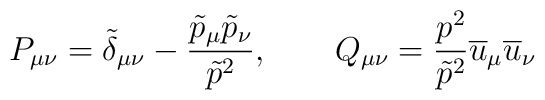
P_{\mu\nu} = \tilde{\delta}_{\mu\nu} -\frac{\tilde{p}_{\mu}\tilde{p}_{\nu}}{\tilde{p}^{2}},\qquad Q_{\mu\nu}=\frac{p^{2}}{\tilde{p}^{2}}\overline{u}_{\mu}\overline{u}_{\nu}